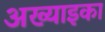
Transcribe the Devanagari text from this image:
अख्याइका